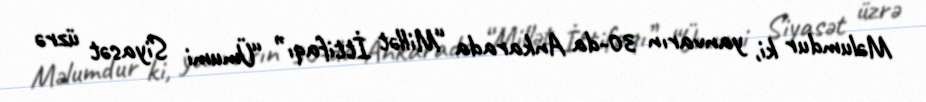
Məlumdur ki, yanvarın 30-da Ankarada “Millət İttifaqı” “Ümumi Siyasət üzrə